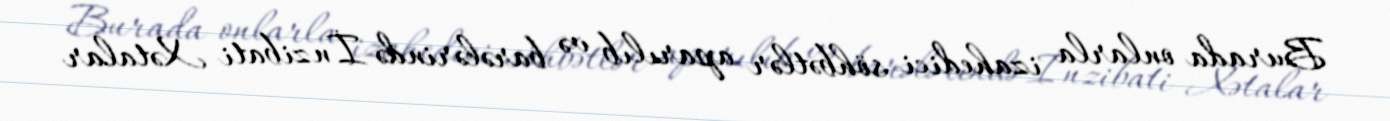
Burada onlarla izahedici söhbətlər aparılıb və barələrində İnzibati Xətalar